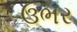
ઉભર